Annual report of the Punjab Veterinary College and of the Civil Veterinary Department, Punjab - 1894-1908
Year: 1894
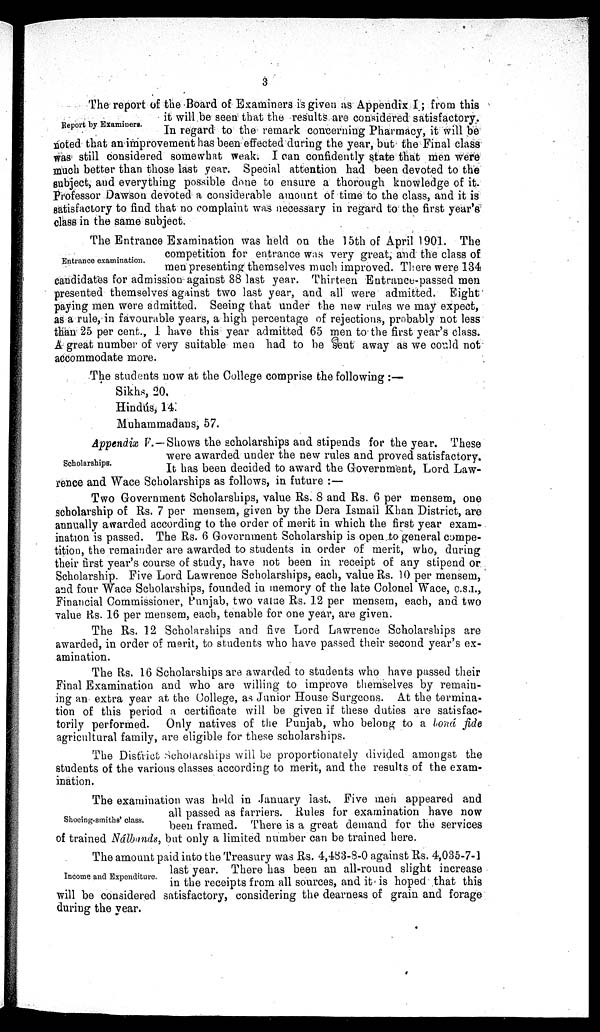
3
Report by Examiners.
The report of the Board of Examiners is given as Appendix I; from this
it will be seen that the results are considered satisfactory.
In regard to the remark concerning Pharmacy, it will be
noted that an improvement has been effected during the year, but the Final class
was still considered somewhat weak. I can confidently state that men were
much better than those last year. Special attention had been devoted to the
subject, and everything possible done to ensure a thorough knowledge of it.
Professor Dawson devoted a considerable amount of time to the class, and it is
satisfactory to find that no complaint was necessary in regard to the first year's
class in the same subject.
Entrance examination.
The Entrance Examination was held on the 15th of April 1901. The
competition for entrance was very great, and the class of
men presenting themselves much improved. There were 134
candidates for admission against 88 last year. Thirteen Entrance-passed men
presented themselves against two last year, and all were admitted. Eight
paying men were admitted. Seeing that under the new rules we may expect,
as a rule, in favourable years, a high percentage of rejections, probably not less
than 25 per cent., I have this year admitted 65 men to the first year's class.
A great number of very suitable men had to be sent away as we could not
accommodate more.
The students now at the College comprise the following:—
Sikhs, 20.
Hindús, 14.
Muhammadans, 57.
Scholarships.
Appendix V.—Shows the scholarships and stipends for the year. These
were awarded under the new rules and proved satisfactory.
It has been decided to award the Government, Lord Law-
rence and Wace Scholarships as follows, in future:—
Two Government Scholarships, value Rs. 8 and Rs. 6 per mensem, one
scholarship of Rs. 7 per mensem, given by the Dera Ismail Khan District, are
annually awarded according to the order of merit in which the first year exam-
ination is passed. The Rs. 6 Government Scholarship is open to general compe-
tition, the remainder are awarded to students in order of merit, who, during
their first year's course of study, have not been in receipt of any stipend or
Scholarship. Five Lord Lawrence Scholarships, each, value Rs. 10 per mensem,
and four Wace Scholarships, founded in memory of the late Colonel Wace, C.S.I.,
Financial Commissioner, Punjab, two value Rs. 12 per mensem, each, and two
value Rs. 16 per mensem, each, tenable for one year, are given.
The Rs. 12 Scholarships and five Lord Lawrence Scholarships are
awarded, in order of merit, to students who have passed their second year's ex-
amination.
The Rs. 16 Scholarships are awarded to students who have passed their
Final Examination and who are willing to improve themselves by remain-
ing an extra year at the College, as Junior House Surgeons. At the termina-
tion of this period a certificate will be given if these duties are satisfac-
torily performed. Only natives of the Punjab, who belong to a lond fide
agricultural family, are eligible for these scholarships.
The District Scholarships will be proportionately divided amongst the
students of the various classes according to merit, and the results of the exam-
ination.
Shocing-smiths' class.
The examination was held in January last. Five men appeared and
all passed as farriers. Rules for examination have now
been framed. There is a great demand for the services
of trained Nálbands, but only a limited number can be trained here.
Income and Expenditure.
The amount paid into the Treasury was Rs. 4,483-8-0 against Rs. 4,035-7-1
last year. There has been an all-round slight increase
in the receipts from all sources, and it is hoped that this
will be considered satisfactory, considering the dearness of grain and forage
during the year.